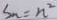
S _ { n } = n ^ { 2 }